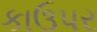
કાઉપર